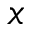
x